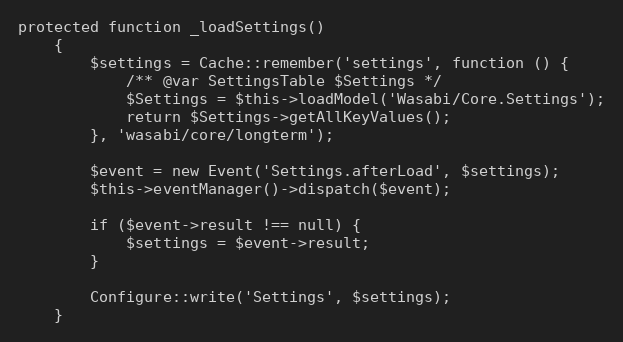
Language: PHP
protected function _loadSettings()
    {
        $settings = Cache::remember('settings', function () {
            /** @var SettingsTable $Settings */
            $Settings = $this->loadModel('Wasabi/Core.Settings');
            return $Settings->getAllKeyValues();
        }, 'wasabi/core/longterm');

        $event = new Event('Settings.afterLoad', $settings);
        $this->eventManager()->dispatch($event);

        if ($event->result !== null) {
            $settings = $event->result;
        }

        Configure::write('Settings', $settings);
    }